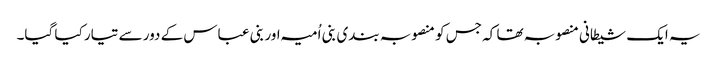
یہ ایک شیطانی منصوبہ تھا کہ جس کو منصوبہ بندی بنی اُمیہ اور بنی عباس کے دور سے تیار کیا گیا۔